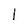
Character: I